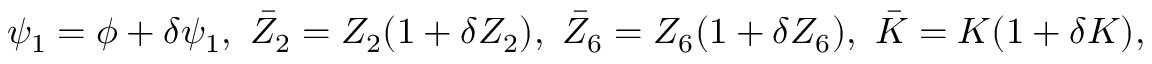
\psi _ { 1 } = \phi + \delta \psi _ { 1 } , \ \bar { Z } _ { 2 } = Z _ { 2 } ( 1 + \delta Z _ { 2 } ) , \ \bar { Z } _ { 6 } = Z _ { 6 } ( 1 + \delta Z _ { 6 } ) , \ \bar { K } = K ( 1 + \delta K ) ,